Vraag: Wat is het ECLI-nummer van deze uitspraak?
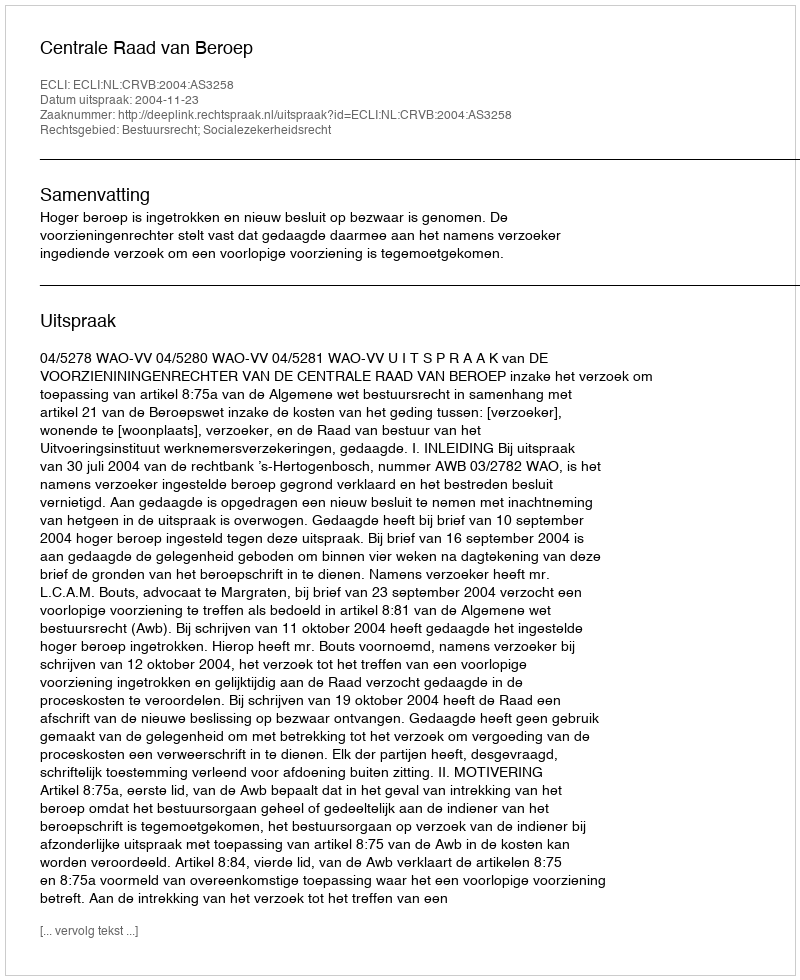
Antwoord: ECLI:NL:CRVB:2004:AS3258